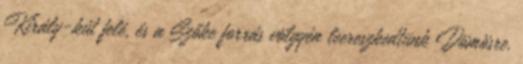
Király-kút felé, és a Szőke forrás völgyén leereszkedtünk Dömösre.